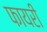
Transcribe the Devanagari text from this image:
फायरी